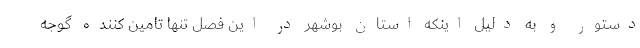
دستور و به دلیل اینکه استان بوشهر در این فصل تنها تامین کننده گوجه